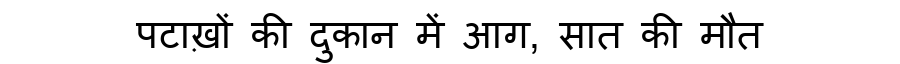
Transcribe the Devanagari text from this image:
पटाख़ों की दुकान में आग, सात की मौत